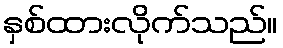
နှစ်ထားလိုက်သည်။